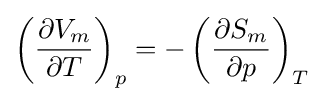
\left({\frac {\partial V_{m}}{\partial T}}\right)_{p}=-\left({\frac {\partial S_{m}}{\partial p}}\right)_{T}